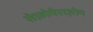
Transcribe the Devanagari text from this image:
सेफ़ोपेराज़ोन